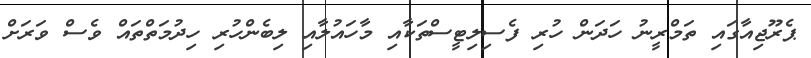
ޕެރޫޖިއާގައި ތަމްރީނު ހަދަން ހުރި ފެސިލިޓީސްތަކާއި މާހައުލާއި ލިބެންހުރި ހިދުމަތްތައް ވެސް ވަރަށް